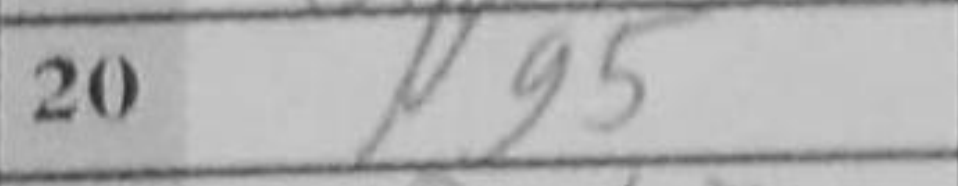
Transcription: Ng5